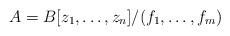
LaTeX: \begin{align*}A=B[z_1,\ldots,z_n]/(f_1,\ldots, f_m)\end{align*}